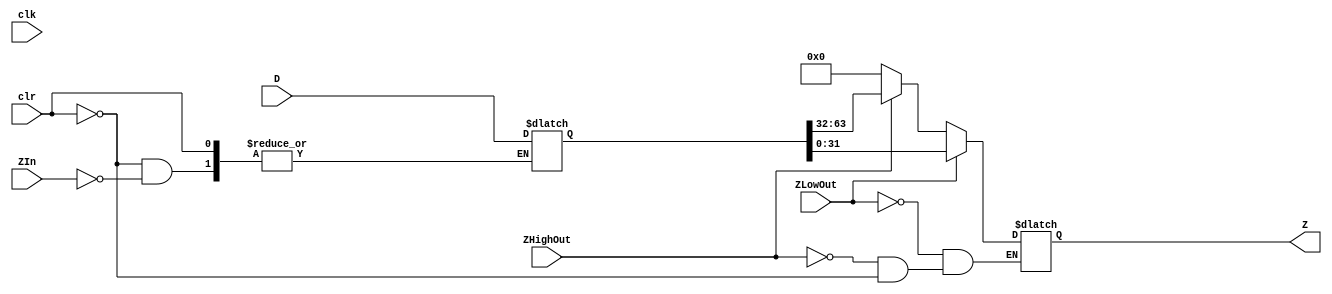
module z_reg_64 (
			output reg [31:0] Z, 
			input [63:0] D,
			input ZIn, ZLowOut, ZHighOut, clr, clk
);

reg[63:0] ZData;

initial ZData = 0;
	
always @(clk, D)
	begin
		if(clr)
			begin
				Z<=64'h0000000000000000;
			end
		else if(ZIn)
			begin
				ZData<=D;
			end
		if(ZLowOut)
			begin
				Z<=ZData[31:0];
			end
		else if(ZHighOut)
			begin
				Z<=ZData[63:32];
			end
	end
endmodule
				/*if(ZLowOut)
					ZLowData=D[31:0];
				else if(ZHighOut)
					ZHighData=D[63:32];*/